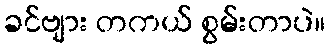
ခင်ဗျား တကယ် စွမ်းတာပဲ။